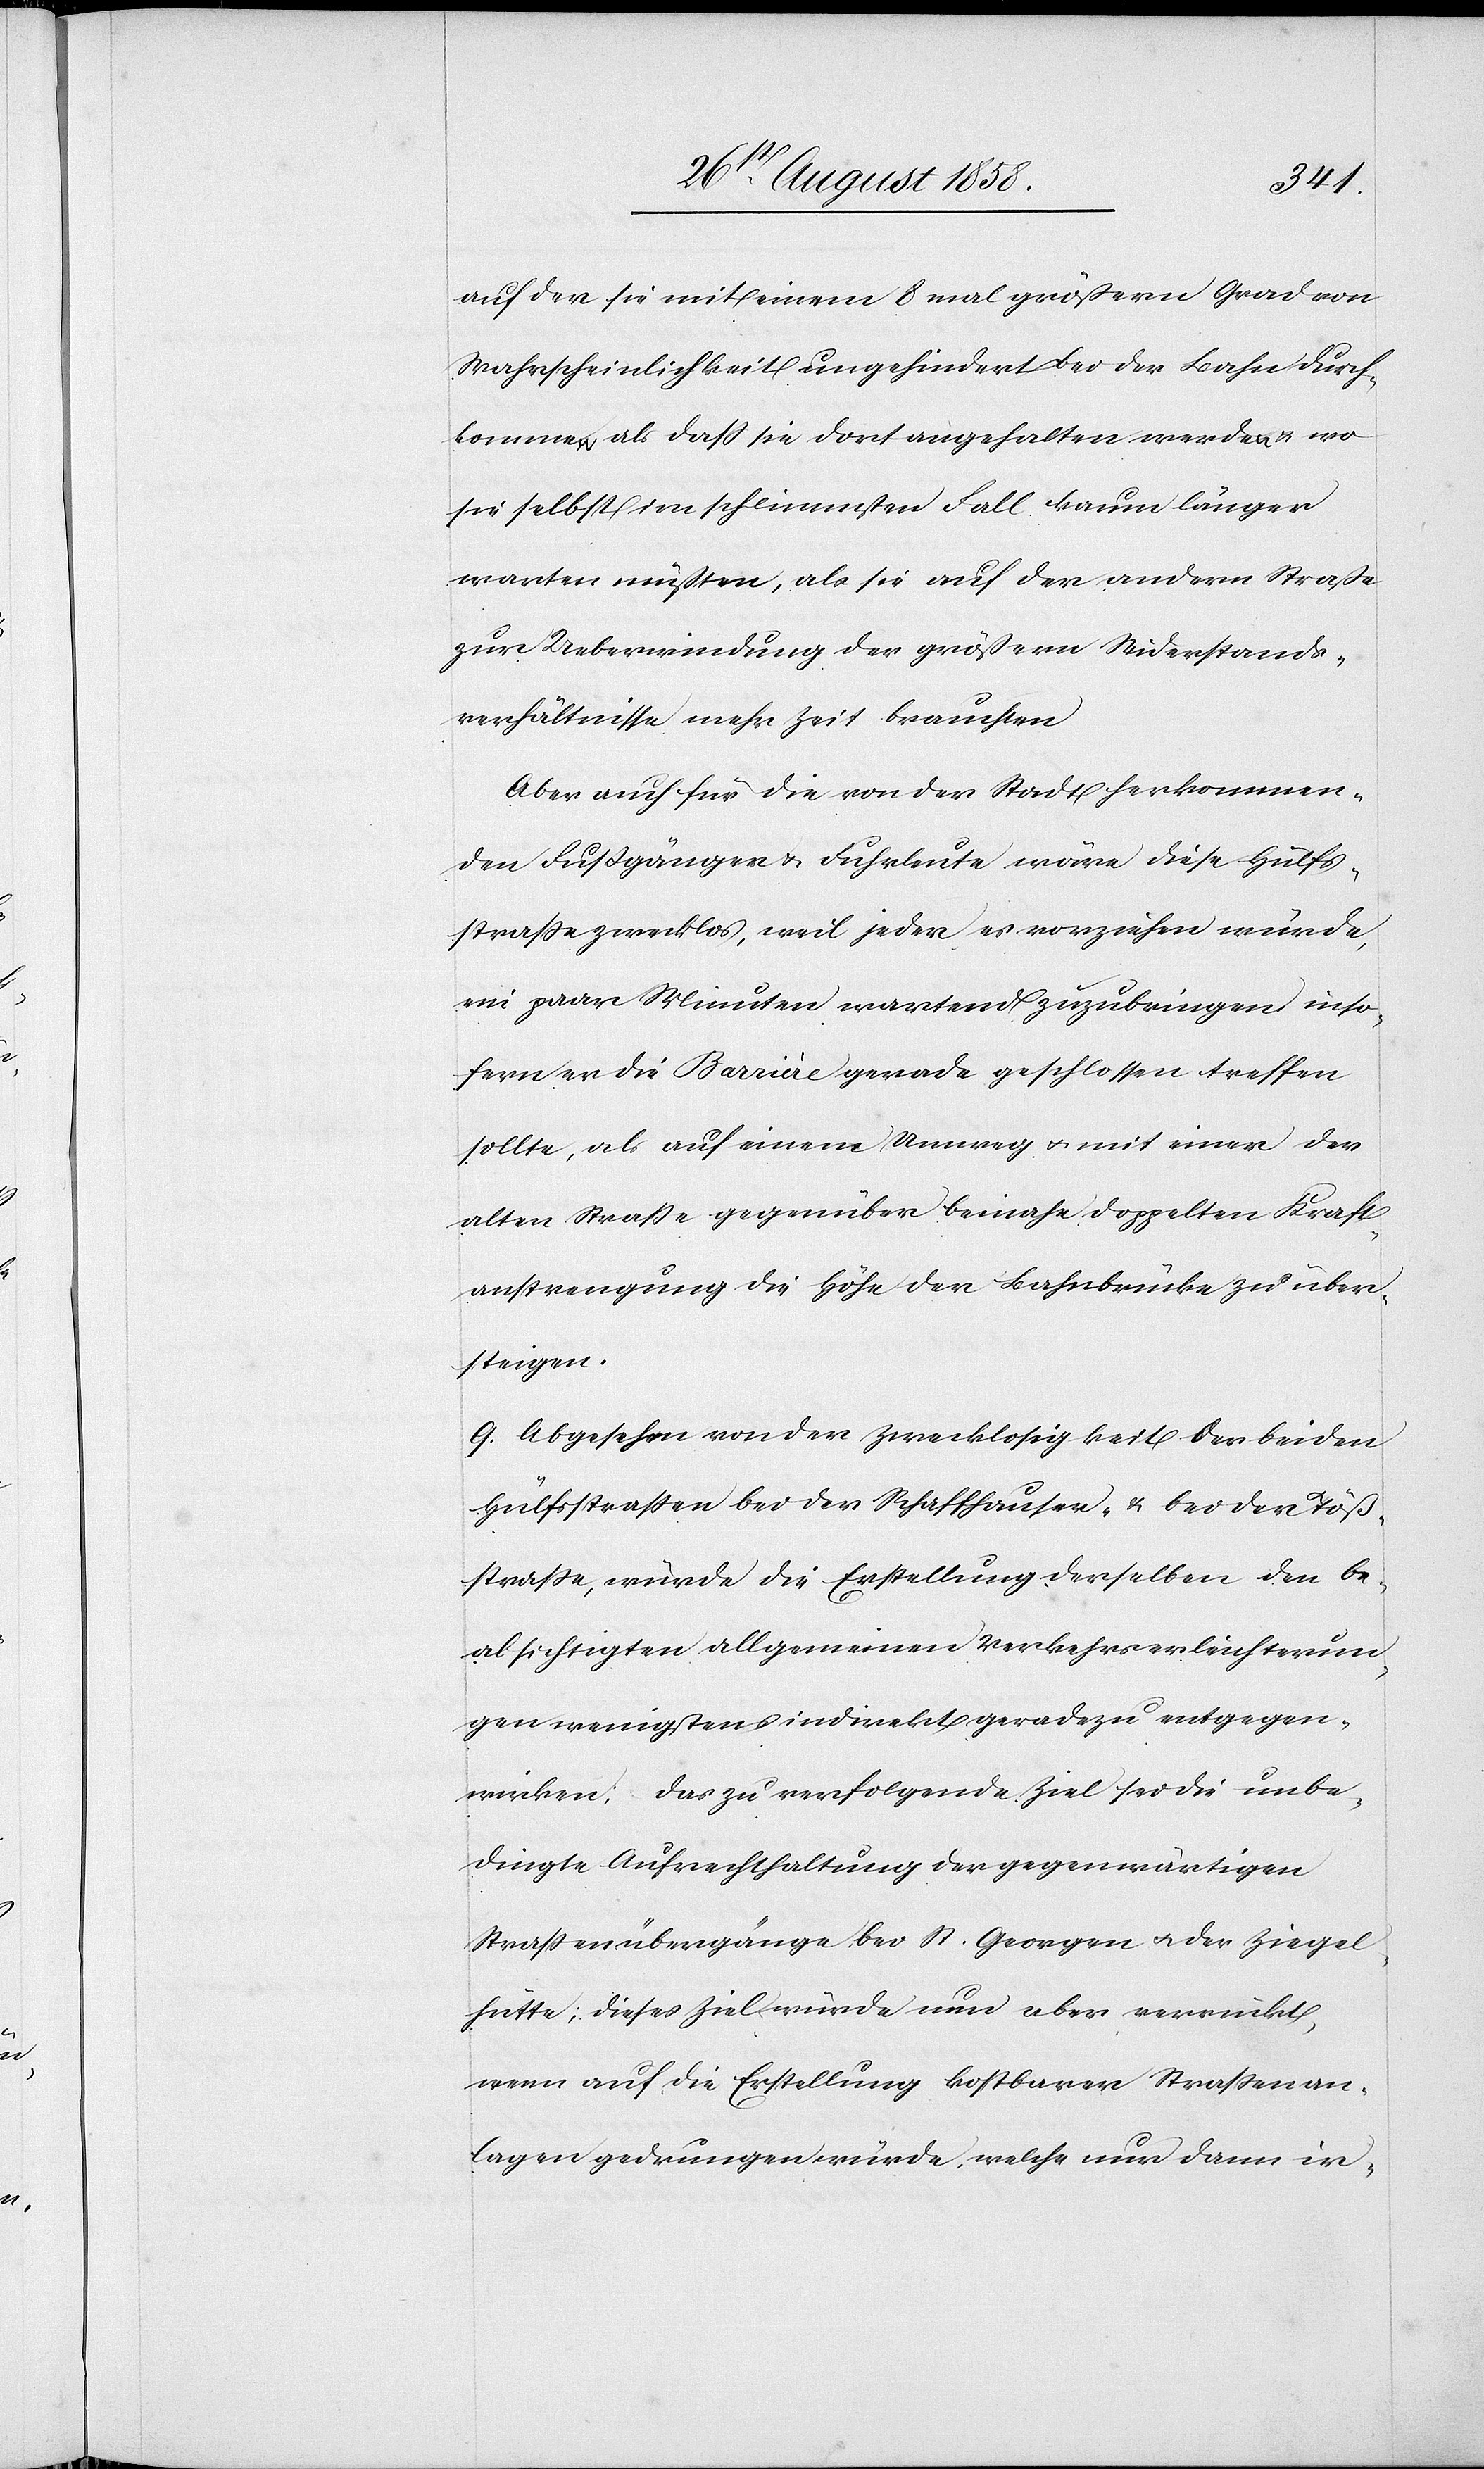
auf der sie mit einem 8 mal größern Grad von
Wahrscheinlichkeit ungehindert bei der Bahn durch¬
kommen als dass sie dort angehalten werden & wo
sie selbst im schlimmsten Fall kaum länger
warten müssten, als sie auf der andern Straße
zur Ueberwindung der größern Widerstands¬
verhältnisse mehr Zeit brauchten
Aber auch für die von der Stadt herkommen¬
den Fussgänger & Fuhrleute wäre diese Hülfs¬
strasse zwecklos, weil jeder es vorziehen würde,
ein paar Minuten wartend zuzubringen inso¬
fern er die Barrière gerade geschlossen treffen
sollte, als auf einem Umweg & mit einer der
alten Strasse gegenüber beinahe doppelten Kraft¬
anstrengung die Höhe der Bahnbrücke zu über¬
steigen.
q. Abgesehen von der Zwecklosigkeit der beiden
Hülfsstrassen bei der Schaffhauser- & bei der Töß¬
strasse, würde die Erstellung derselben den be¬
absichtigten allgemeinen Verkehrserleichterun¬
gen wenigstens indirekt geradezu entgegen¬
wirken; das zu verfolgende Ziel sei die unbe¬
dingte Aufrechthaltung der gegenwärtigen
Strassenübergänge bei St. Georgen & der Ziegel¬
hütte; dieses Ziel würde nun aber verrückt,
wenn auf die Erstellung kostbarer Strassenan¬
lagen gedrungen würde, welche nur dann ir-